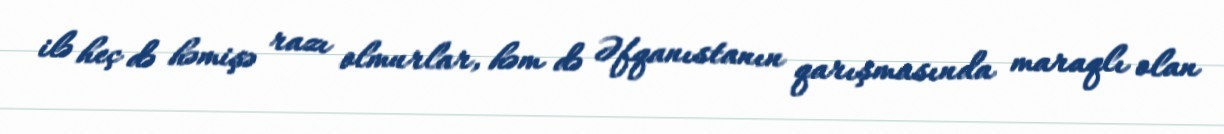
ilə heç də həmişə razı olmurlar, həm də Əfqanıstanın qarışmasında maraqlı olan